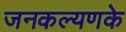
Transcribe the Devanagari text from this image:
जनकल्यणके